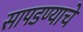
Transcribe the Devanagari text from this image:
सापडण्याचे